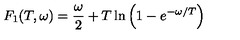
F _ { 1 } ( T , \omega ) = \frac { \omega } { 2 } + T \ln \left( 1 - e ^ { - \omega / T } \right)